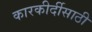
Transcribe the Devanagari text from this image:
कारकीर्दीसाठी